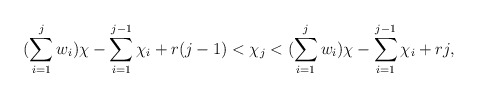
\begin{align*}(\sum\limits_{i=1}^j w_i)\chi - \sum\limits_{i=1}^{j-1}\chi_i + r(j-1) < \chi_j < (\sum\limits_{i=1}^j w_i)\chi - \sum\limits_{i=1}^{j-1}\chi_i + rj,\end{align*}